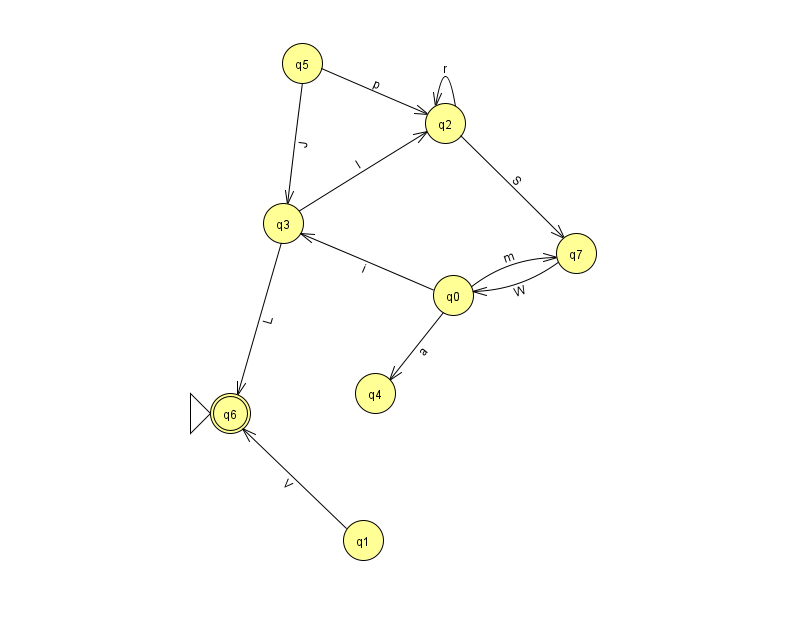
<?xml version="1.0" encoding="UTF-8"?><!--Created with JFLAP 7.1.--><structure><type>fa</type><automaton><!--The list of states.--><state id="0" name="q0"><x>453.0</x><y>282.0</y></state><state id="1" name="q1"><x>363.0</x><y>527.0</y></state><state id="2" name="q2"><x>445.0</x><y>110.0</y></state><state id="3" name="q3"><x>283.0</x><y>210.0</y></state><state id="4" name="q4"><x>375.0</x><y>380.0</y></state><state id="5" name="q5"><x>302.0</x><y>50.0</y></state><state id="6" name="q6"><x>230.0</x><y>400.0</y><initial/><final/></state><state id="7" name="q7"><x>576.0</x><y>240.0</y></state><!--The list of transitions.--><transition><from>2</from><to>2</to><read>r</read></transition><transition><from>0</from><to>7</to><read>m</read></transition><transition><from>1</from><to>6</to><read>V</read></transition><transition><from>5</from><to>3</to><read>J</read></transition><transition><from>0</from><to>4</to><read>a</read></transition><transition><from>3</from><to>2</to><read>I</read></transition><transition><from>3</from><to>6</to><read>L</read></transition><transition><from>7</from><to>0</to><read>W</read></transition><transition><from>2</from><to>7</to><read>S</read></transition><transition><from>0</from><to>3</to><read>i</read></transition><transition><from>5</from><to>2</to><read>p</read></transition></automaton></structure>